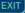
exit